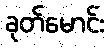
ခုတ်မောင်း